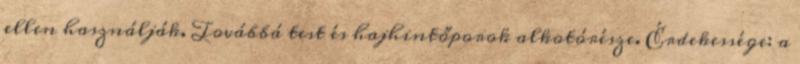
ellen használják. Továbbá test és hajhintőporok alkotórésze. Érdekessége: a